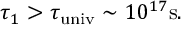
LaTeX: \tau _ { 1 } > \tau _ { \mathrm { u n i v } } \sim 1 0 ^ { 1 7 } \mathrm { s } .